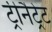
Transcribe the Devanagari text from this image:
ट्रीनैट्रेट